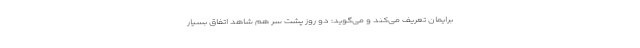
برایمان تعریف می‌کند و می‌گوید: دو روز پشت سر هم شاهد اتفاق بسیار